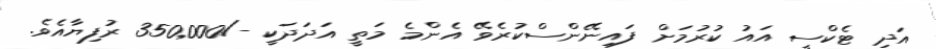
އަދި ޓެކްސީ އައު ކުރުމަށް ފައިނޭންސްކުރެވޭ އެންމެ މަތީ އަދަދަކީ -/350